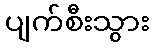
ပျက်စီးသွား